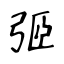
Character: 弬